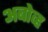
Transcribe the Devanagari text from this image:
अबोव्ह